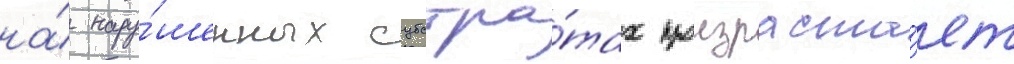
на́ нару́шенных субстра́тах произраста́ет